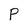
Character: P